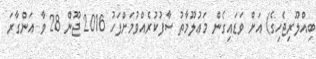
ބިއްލޫރިޖެހިގެ) އަށް ވަޑައިގެން މަޢުލޫމާތު ސާފުކުރެއްވުމަށްފަހު 2016 ޖޫން 28 ވާ އަންގާރަ